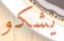
يشكو